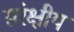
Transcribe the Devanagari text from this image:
संरक्षीय